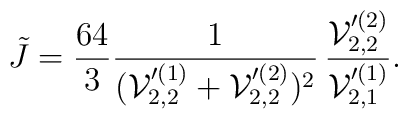
\tilde J = \frac{64}{3}\frac{1}{({\cal V}_{2,2}'^{(1)}+{\cal V}_{2,2}'^{(2)})^2}\,\frac{ {\cal V}_{2,2}'^{(2)} }{ {\cal V}_{2,1}'^{(1)} }.